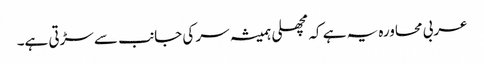
عربی محاورہ یہ ہے کہ مچھلی ہمیشہ سر کی جانب سے سڑتی ہے۔